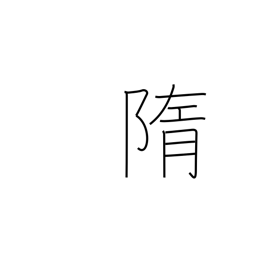
Meaning: remains of sacrifice